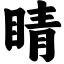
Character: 睛